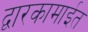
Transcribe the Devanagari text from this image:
द्वारकामाईत